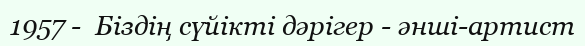
1957 -  Біздің сүйікті дәрігер - әнші-артист